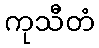
ကုသီတံ